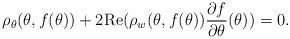
LaTeX: \begin{align*}\rho_{\theta}(\theta, f(\theta)) + 2 {\rm Re}(\rho_w(\theta, f(\theta)) \frac{\partial f}{\partial\theta}(\theta)) = 0.\end{align*}